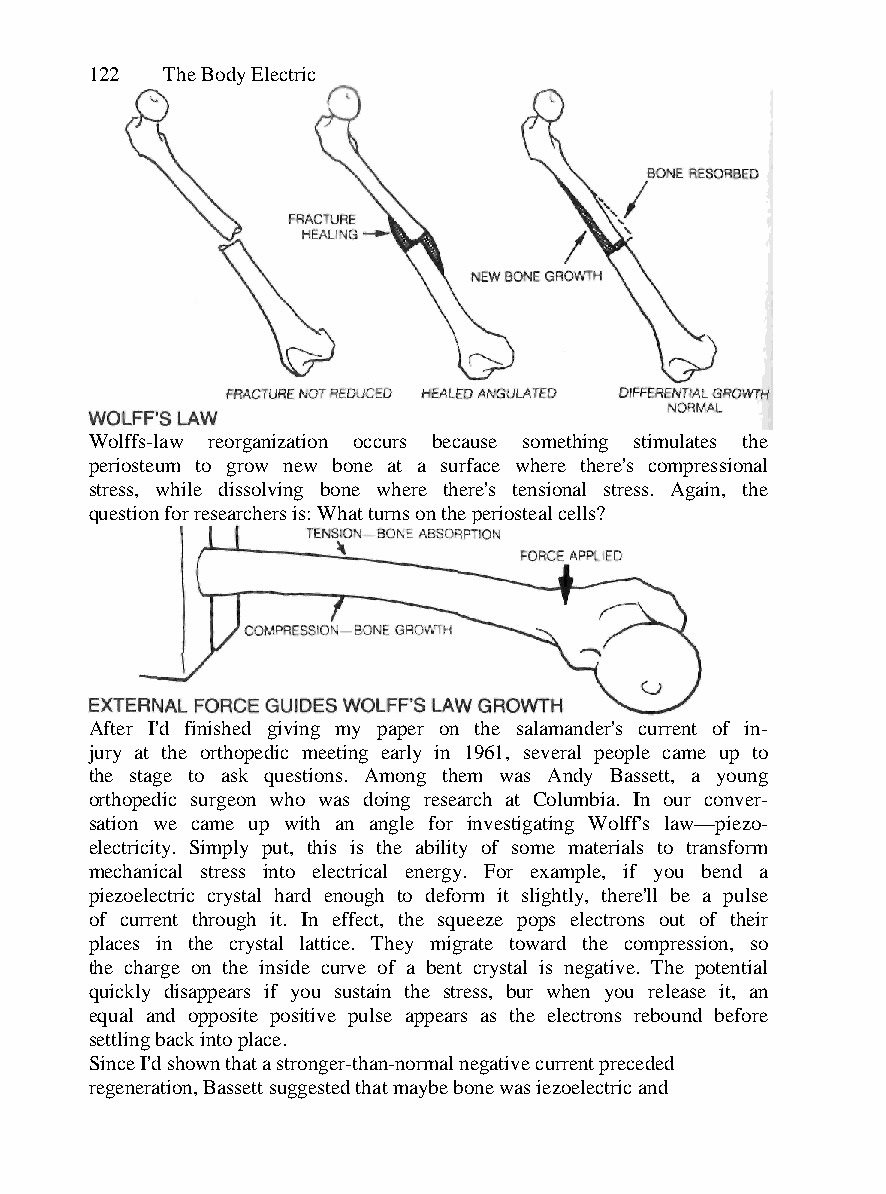
122  The Body Electric
 Wolffs-law reorganization occurs because something stimulates the
 periosteum to grow new bone at a surface where there's compressional
 stress, while dissolving bone where there's tensional stress. Again, the
 question for researchers is: What turns on the periosteal cells?
 After I'd finished giving my paper on the salamander's current of in-
 jury at the orthopedic meeting early in 1961, several people came up to
 the stage to ask questions. Among them was Andy Bassett, a young
 orthopedic surgeon who was doing research at Columbia. In our conver-
 sation we came up with an angle for investigating Wolff's law—piezo-
 electricity. Simply put, this is the ability of some materials to transform
 mechanical stress into electrical energy. For example, if you bend a
 piezoelectric crystal hard enough to deform it slightly, there'll be a pulse
 of current through it. In effect, the squeeze pops electrons out of their
 places in the crystal lattice. They migrate toward the compression, so
 the charge on the inside curve of a bent crystal is negative. The potential
 quickly disappears if you sustain the stress, bur when you release it, an
 equal and opposite positive pulse appears as the electrons rebound before
 settling back into place.
 Since I'd shown that a stronger-than-normal negative current preceded
 regeneration, Bassett suggested that maybe bone was iezoelectric and